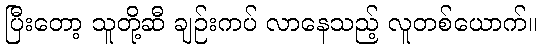
ပြီးတော့ သူတို့ဆီ ချဉ်းကပ် လာနေသည့် လူတစ်ယောက်။